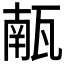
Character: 𮴼